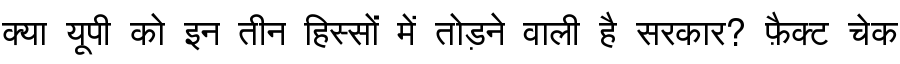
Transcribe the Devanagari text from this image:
क्या यूपी को इन तीन हिस्सों में तोड़ने वाली है सरकार? फ़ैक्ट चेक